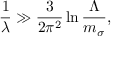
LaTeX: \frac { 1 } { \lambda } \gg \frac { 3 } { 2 \pi ^ { 2 } } \ln { \frac { \Lambda } { m _ { \sigma } } } ,